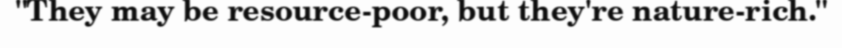
"They may be resource-poor, but they're nature-rich."